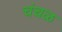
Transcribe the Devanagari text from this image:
चंचळ